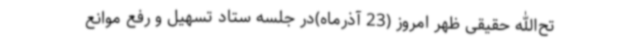
تح‌الله حقیقی ظهر امروز (23 آذرماه)در جلسه ستاد تسهیل و رفع موانع